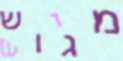
מגוש